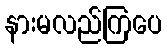
နားမလည်ကြပေ